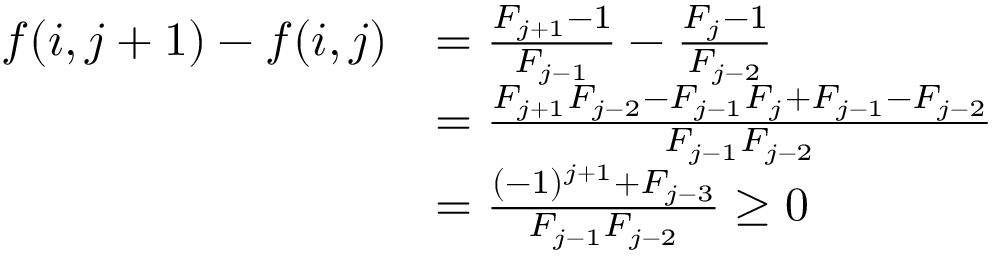
\begin{array} { r l } { f ( i , j + 1 ) - f ( i , j ) } & { = { \frac { F _ { j + 1 } - 1 } { F _ { j - 1 } } } - { \frac { F _ { j } - 1 } { F _ { j - 2 } } } } \\ & { = { \frac { F _ { j + 1 } F _ { j - 2 } - F _ { j - 1 } F _ { j } + F _ { j - 1 } - F _ { j - 2 } } { F _ { j - 1 } F _ { j - 2 } } } } \\ & { = { { \frac { ( - 1 ) ^ { j + 1 } + F _ { j - 3 } } { F _ { j - 1 } F _ { j - 2 } } } } \geq 0 } \end{array}